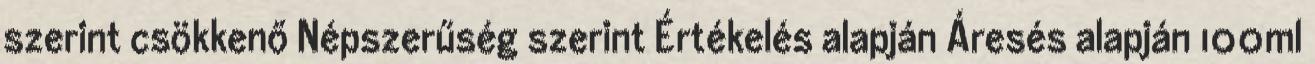
szerint csökkenő Népszerűség szerint Értékelés alapján Áresés alapján 100ml